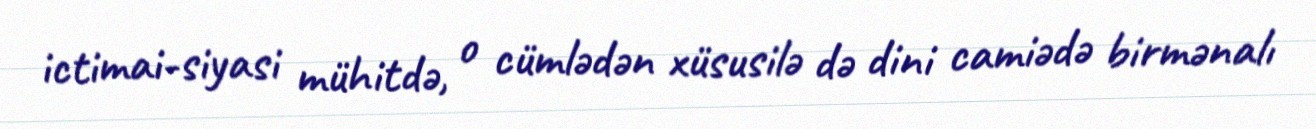
ictimai-siyasi mühitdə, o cümlədən xüsusilə də dini camiədə birmənalı